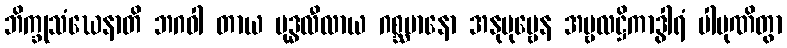
ဘိက္ခုသံဃေနာတိ ဘဂဝါ တာယ ဗုဒ္ဓလီလာယ ဂစ္ဆမာနော အနုပုဗ္ဗေန အမ္ဗလဋ္ဌိကာဒွါရံ ပါပုဏိတွာ